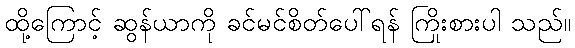
ထို့ကြောင့် ဆွန်ယာကို ခင်မင်စိတ်ပေါ်ရန် ကြိုးစားပါ သည်။